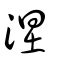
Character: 湼